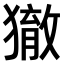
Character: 𤢉